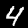
Label: 4